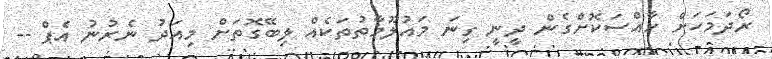
ރޯދަމަހަށް ހާއްސަކޮށްގެން ދީނީ ގިނަ މައުލޫމާތުތަކެއް ލިބޭގޮތަށް މިއަދު ނެރުނު އެޕް --